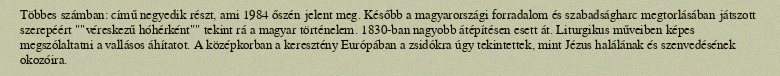
Többes számban: című negyedik részt, ami 1984 őszén jelent meg. Később a magyarországi forradalom és szabadságharc megtorlásában játszott szerepéért ""véreskezű hóhérként"" tekint rá a magyar történelem. 1830-ban nagyobb átépítésen esett át. Liturgikus műveiben képes megszólaltatni a vallásos áhítatot. A középkorban a keresztény Európában a zsidókra úgy tekintettek, mint Jézus halálának és szenvedésének okozóira.